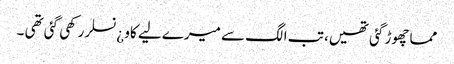
مما چھوڑ گئی تھیں، تب الگ سے میرے لیے کاو ¿نسلر رکھی گئی تھی ۔